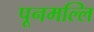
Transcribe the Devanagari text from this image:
पूनमल्लि